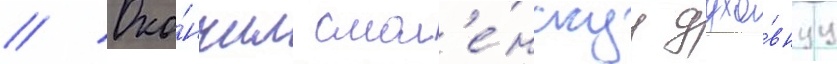
// Око́нчил смол'е́нскуу духо́внуу